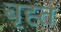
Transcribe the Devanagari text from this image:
बृह्त